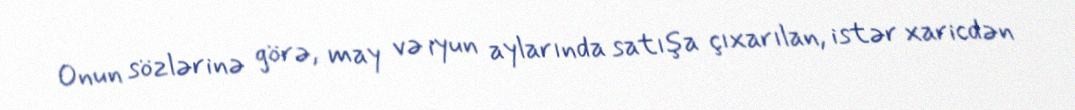
Onun sözlərinə görə, may və iyun aylarında satışa çıxarılan, istər xaricdən